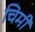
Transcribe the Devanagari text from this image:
चिमी